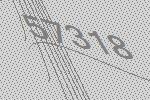
57318